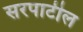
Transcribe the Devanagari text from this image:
सरपाटील